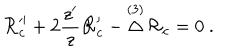
LaTeX: { \cal R } _ { c } ^ { \prime \prime } + 2 { \frac { z ^ { \prime } } { z } } { \cal R } _ { c } ^ { \prime } - \mathop \Delta ^ { ( 3 ) } { \cal R } _ { c } = 0 \ .